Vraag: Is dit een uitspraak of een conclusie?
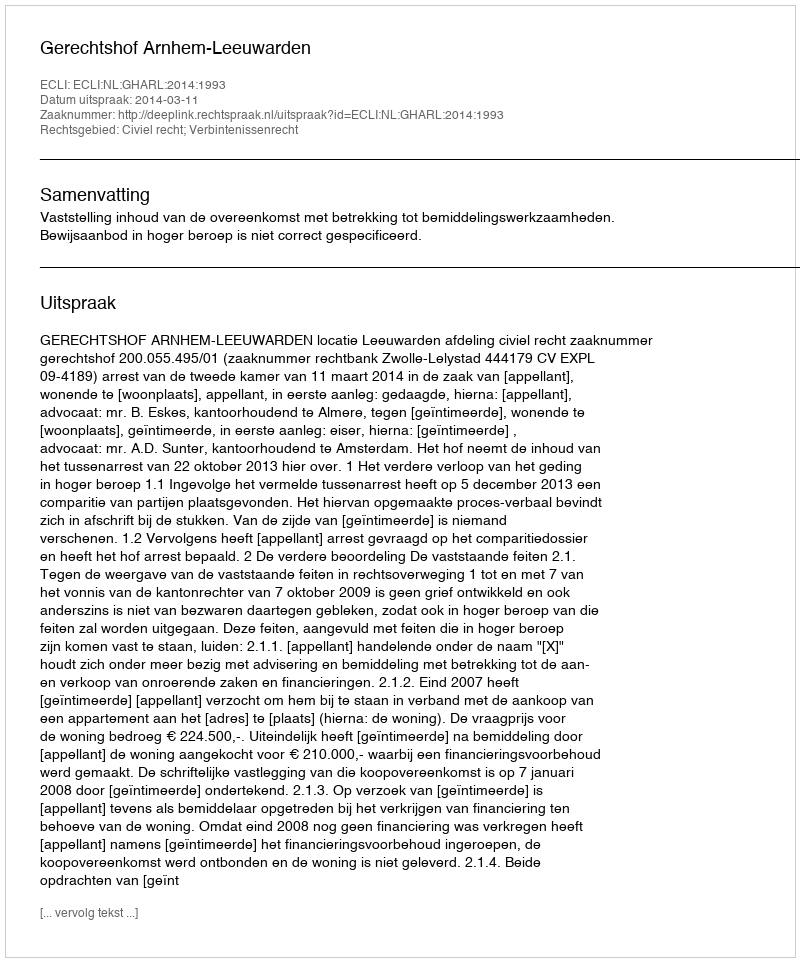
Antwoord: Uitspraak